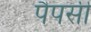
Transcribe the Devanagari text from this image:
पैपसी